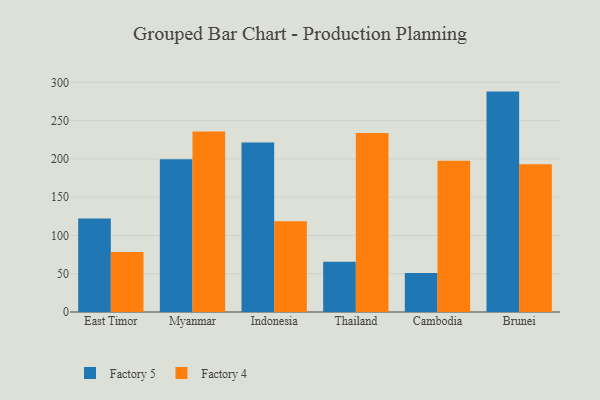
{"axis": {"x": "Country", "y": "Conversion Rate (%)"}, "legend": ["Factory 4", "Factory 5"], "data": [{"x": "East Timor", "y": 122.1, "type": "Factory 5"}, {"x": "East Timor", "y": 78.4, "type": "Factory 4"}, {"x": "Myanmar", "y": 199.5, "type": "Factory 5"}, {"x": "Myanmar", "y": 235.9, "type": "Factory 4"}, {"x": "Indonesia", "y": 221.5, "type": "Factory 5"}, {"x": "Indonesia", "y": 118.6, "type": "Factory 4"}, {"x": "Thailand", "y": 65.7, "type": "Factory 5"}, {"x": "Thailand", "y": 233.7, "type": "Factory 4"}, {"x": "Cambodia", "y": 50.8, "type": "Factory 5"}, {"x": "Cambodia", "y": 197.7, "type": "Factory 4"}, {"x": "Brunei", "y": 287.9, "type": "Factory 5"}, {"x": "Brunei", "y": 193.0, "type": "Factory 4"}]}